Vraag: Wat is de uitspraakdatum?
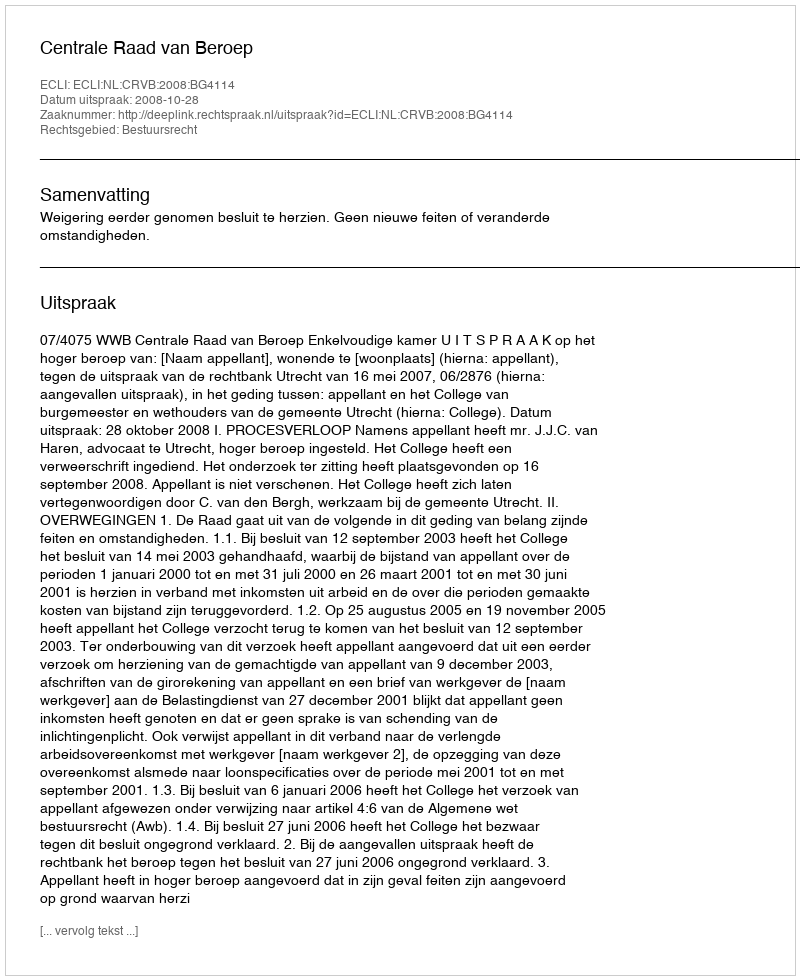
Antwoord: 2008-10-28